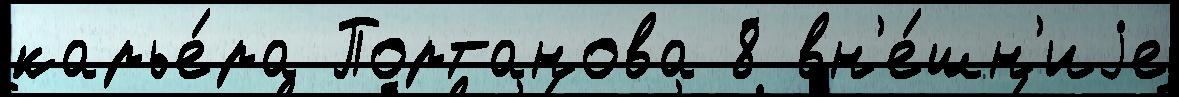
карье́ра Портанова 8 вн'е́шн'иjе